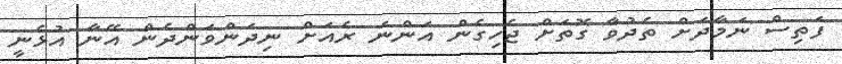
ފަތިސް ނަމާދަށް ތެދުވާ ގޮތަށް ޖެހިގެން އަންނަ ރެއަށް ނިދަންވަންދެން އޭނާ އުޅެނީ